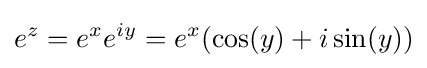
e^{z}=e^{x}e^{iy}=e^{x}(\cos(y)+i\sin(y))